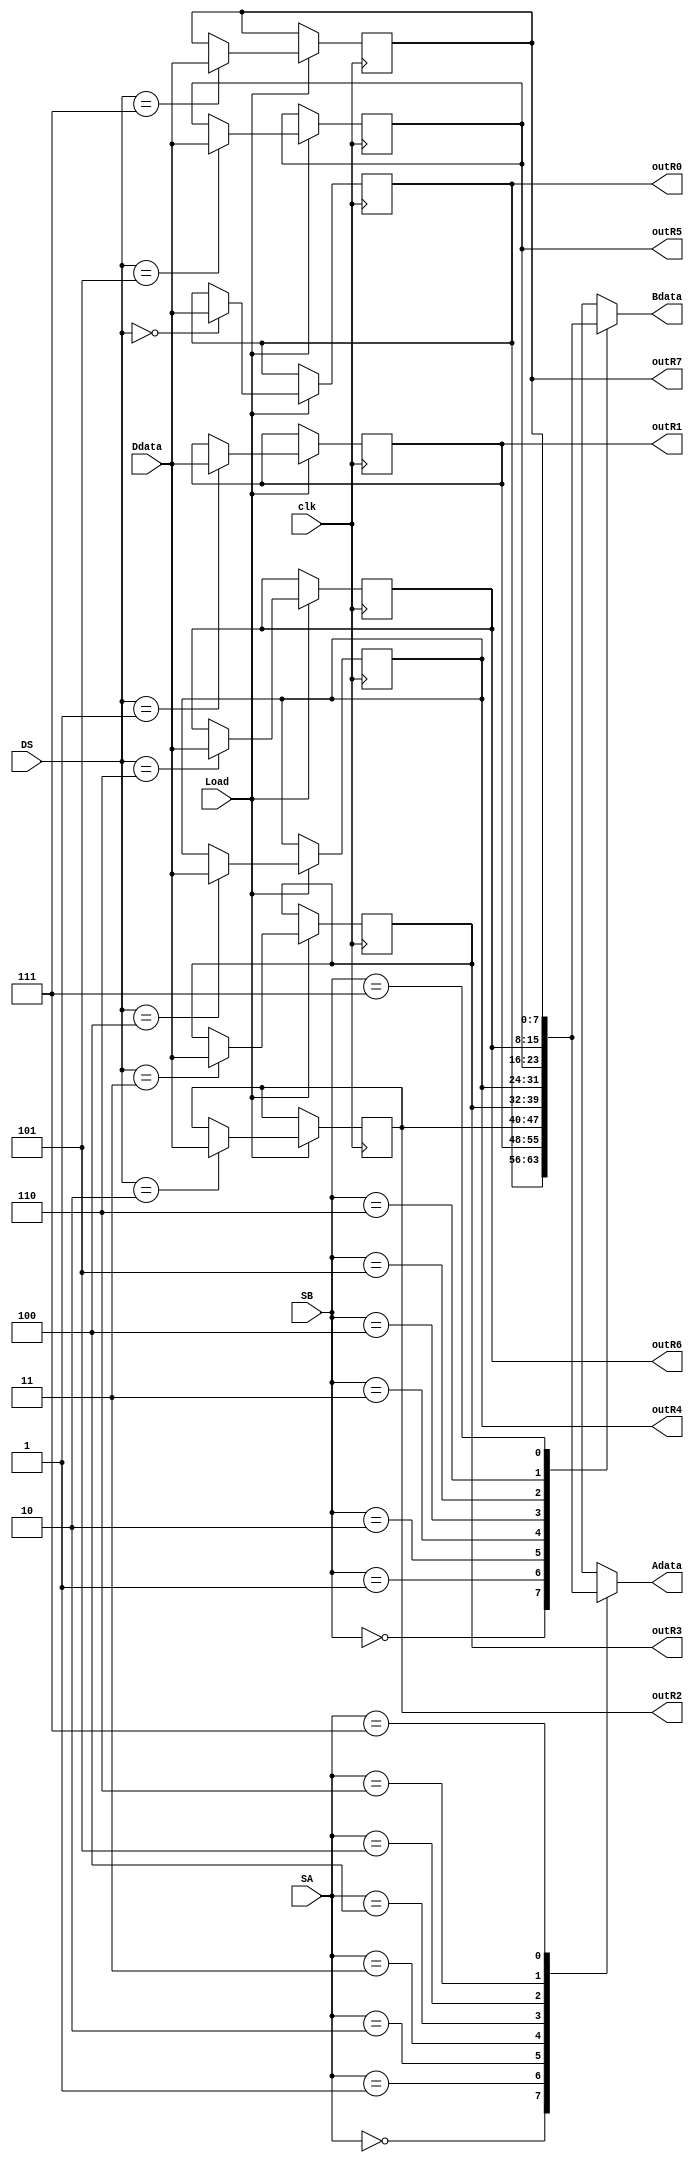
module registerfile(Load, DS, clk,Ddata, SA, SB, Adata, Bdata,outR0,outR1,outR2,outR3,outR4,outR5,outR6,outR7);
	input [7:0] Ddata;
	input [2:0] SA, SB, DS;
	input Load, clk;
	reg [7:0] R0;
	reg [7:0] R1;
	reg [7:0] R2;
	reg [7:0] R3;
	reg [7:0] R4;
	reg [7:0] R5;
	reg [7:0] R6;
	reg [7:0] R7;
	reg LE0,LE1,LE2,LE3,LE4,LE5,LE6,LE7;
	reg LD0,LD1,LD2,LD3,LD4,LD5,LD6,LD7;
	output reg [7:0] Adata, Bdata;
	output reg [7:0] outR0,outR1,outR2,outR3,outR4,outR5,outR6,outR7; 

always @(posedge clk) begin
	if (Load) begin
		case(DS)
			3'b000: R0 <= Ddata;
			3'b001: R1 <= Ddata;
			3'b010: R2 <= Ddata;
			3'b011: R3 <= Ddata;
			3'b100: R4 <= Ddata;
			3'b101: R5 <= Ddata;
			3'b110: R6 <= Ddata;
			3'b111: R7 <= Ddata;
		endcase
	end
end

always @(*) begin	
	outR0 = R0;
	outR1 = R1;
	outR2 = R2;
	outR3 = R3;
	outR4 = R4;
	outR5 = R5;
	outR6 = R6;
	outR7 = R7;
	case(SA)
		3'b000: Adata[7:0]=R0[7:0];
		3'b001: Adata[7:0]=R1[7:0];
		3'b010: Adata[7:0]=R2[7:0];
		3'b011: Adata[7:0]=R3[7:0];
		3'b100: Adata[7:0]=R4[7:0];
		3'b101: Adata[7:0]=R5[7:0];
		3'b110: Adata[7:0]=R6[7:0];
		3'b111: Adata[7:0]=R7[7:0];
		default: Adata=0;
	endcase

	case(SB)
		3'b000: Bdata[7:0]=R0[7:0];
		3'b001: Bdata[7:0]=R1[7:0];
		3'b010: Bdata[7:0]=R2[7:0];
		3'b011: Bdata[7:0]=R3[7:0];
		3'b100: Bdata[7:0]=R4[7:0];
		3'b101: Bdata[7:0]=R5[7:0];
		3'b110: Bdata[7:0]=R6[7:0];
		3'b111: Bdata[7:0]=R7[7:0];
		default: Bdata=0;
	endcase
		
end
endmodule